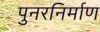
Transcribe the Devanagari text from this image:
पुनरनिर्माण